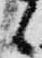
之